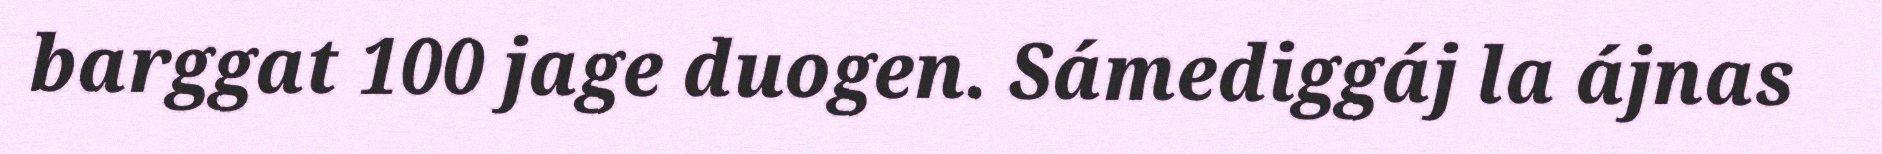
barggat 100 jage duogen. Sámediggáj la ájnas